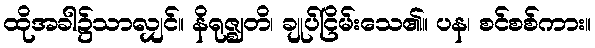
ထိုအခါ၌သာလျှင်။ နိရုဇ္ဈတိ၊ ချုပ်ငြိမ်းသေ၏။ ပန၊ စင်စစ်ကား။